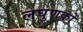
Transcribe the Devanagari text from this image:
लघुणकों